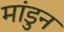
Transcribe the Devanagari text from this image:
मांडुन